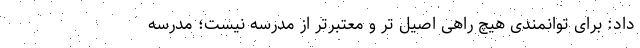
داد: برای توانمندی هیچ راهی اصیل تر و معتبرتر از مدرسه نیست؛ مدرسه